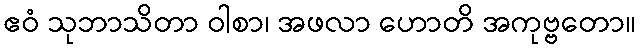
ဧဝံ သုဘာသိတာ ဝါစာ၊ အဖလာ ဟောတိ အကုဗ္ဗတော။